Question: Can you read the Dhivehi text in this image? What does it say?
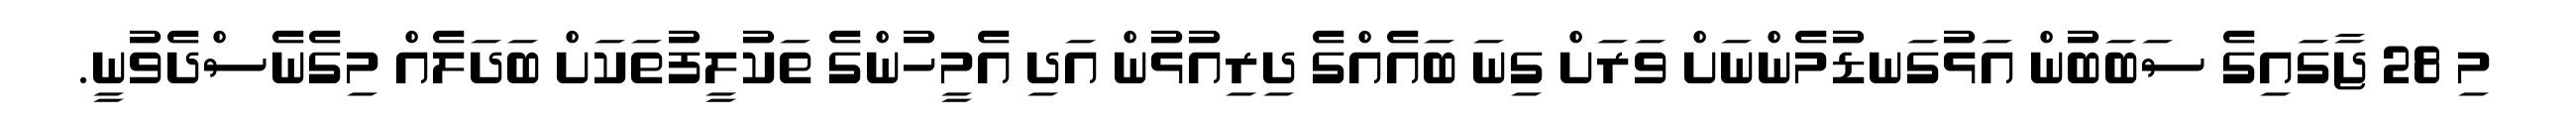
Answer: މި 28 ޖާގައިގެ ސަބަބުން އަޅުގަނޑުމެންނަށް ވަރަށް ގިނަ ބައެއްގެ ދިރިއުޅުން އަދި އެމީހުންގެ ތަކުލީފުތަކަށް ބަދަލެއް މިގެނެސްދެވުނީ.